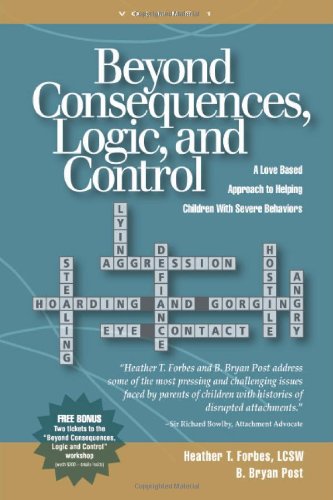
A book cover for Beyond Consequences, Logic, and Control: A Love-Based Approach to Helping Attachment-Challenged Children With Severe Behaviors; Heather T. Forbes; Parenting & Relationships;